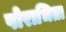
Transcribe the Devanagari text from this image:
पोराभिता